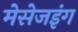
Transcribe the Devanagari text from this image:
मेसेजइंग